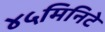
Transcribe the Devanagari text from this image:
४५मिनिटे